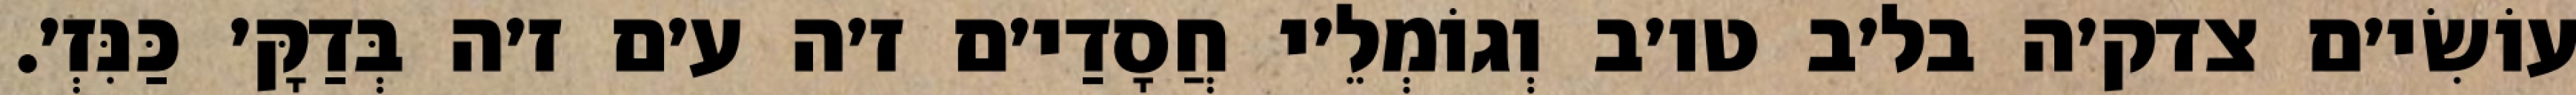
עוֹשִׂי׳ם צדק׳ה בל׳ב טו׳ב וְגוֹמְלֵ׳י חֲסָדַי׳ם ז׳ה ע׳ם ז׳ה בְּדַקָּ׳ כַּנִּזְ׳.